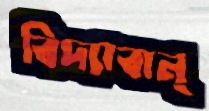
বিদ্যাবান্‌